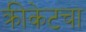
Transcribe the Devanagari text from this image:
क्रीकेटचा